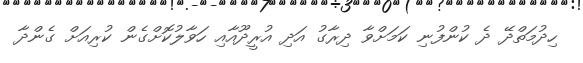
ހިދުމަތްދޭ ދެ ކުންފުނި ކަމަށްވާ ދިރާގު އަދި އުރީދޫއާއި ހަވާލުކޮށްގެން ކުރިއަށް ގެންދާ